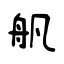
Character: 舤